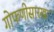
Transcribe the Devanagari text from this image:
गोफणीसारखा